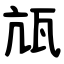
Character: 㼚